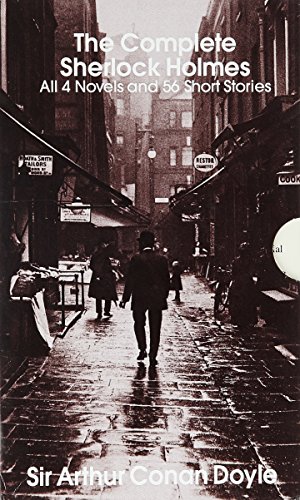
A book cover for The Complete Sherlock Holmes (2 Volumes); Sir Arthur Conan Doyle; Mystery, Thriller & Suspense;